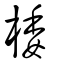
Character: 㮃